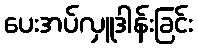
ပေးအပ်လှူဒါန်းခြင်း